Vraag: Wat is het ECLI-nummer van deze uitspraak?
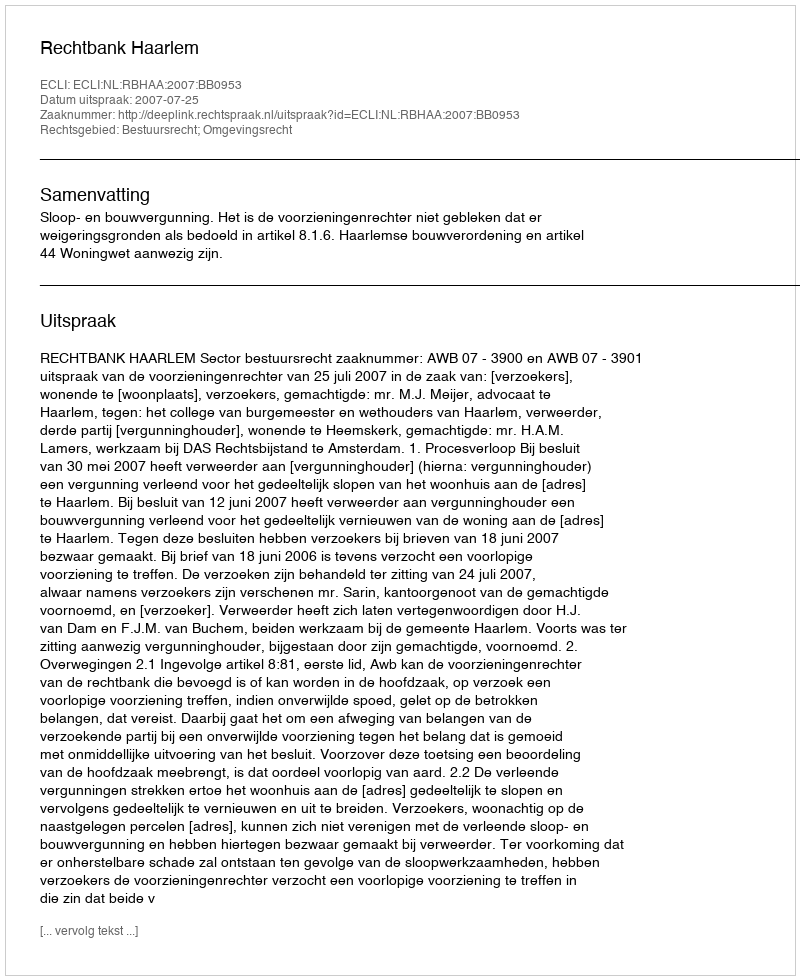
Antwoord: ECLI:NL:RBHAA:2007:BB0953